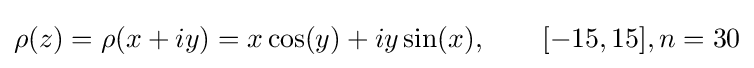
\rho (z)=\rho (x+iy)=x\cos(y)+iy\sin(x),\qquad [-15,15],n=30